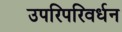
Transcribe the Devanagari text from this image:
उपरिपरिवर्धन